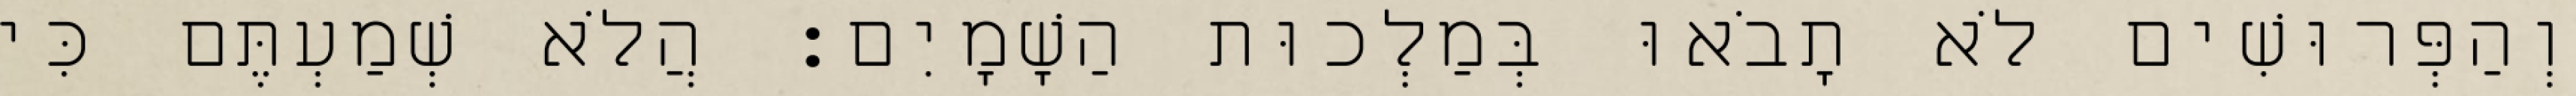
וְהַפְּרוּשִׁים לֹא תָבֹאוּ בְּמַלְכוּת הַשָׁמָיִם׃ הֲלֹא שְׁמַעְתֶּם כִּי